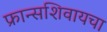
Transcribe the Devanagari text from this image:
फ्रान्सशिवायचा